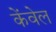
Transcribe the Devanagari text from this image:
केंवेल